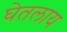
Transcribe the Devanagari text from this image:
घेतलाय